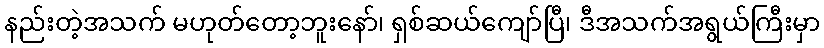
နည်းတဲ့အသက် မဟုတ်တော့ဘူးနော်၊ ရှစ်ဆယ်ကျော်ပြီ၊ ဒီအသက်အရွယ်ကြီးမှာ